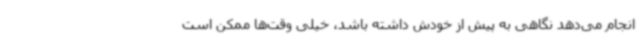
انجام می‌دهد نگاهی به پیش از خودش داشته باشد، خیلی وقت‌ها ممکن است